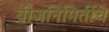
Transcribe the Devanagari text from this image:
वीजनिमिर्तीचे